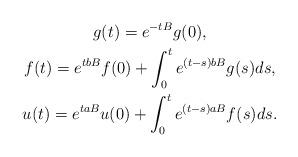
LaTeX: \begin{align*}\begin{gathered}g(t)=e^{-tB}g(0), \\f(t)=e^{tbB}f(0)+\int_{0}^te^{(t-s) bB}g( s) ds, \\u(t)=e^{taB}u(0)+\int_{0}^te^{(t-s) aB}f( s) ds.\end{gathered} \end{align*}